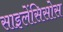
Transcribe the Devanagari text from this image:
साइलेंसिसोस